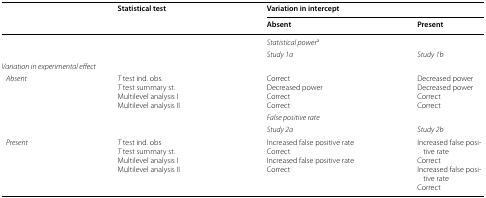
<table><thead><tr><td rowspan="2"></td><td rowspan="2"><b>Statistical test</b></td><td colspan="2"><b>Variation in intercept</b></td></tr><tr><td><b>Absent</b></td><td><b>Present</b></td></tr></thead><tbody><tr><td></td><td></td><td colspan="2"><i>Statistical power</i><sup>a</sup></td></tr><tr><td></td><td></td><td><i>Study 1a</i></td><td><i>Study 1b</i></td></tr><tr><td colspan="4"><i>Variation in experimental effect</i></td></tr><tr><td><i> Absent</i></td><td><i>T</i> test ind. obs.<i>T</i> test summary st.Multilevel analysis IMultilevel analysis II</td><td>CorrectDecreased powerCorrectCorrect</td><td>Decreased powerDecreased powerCorrectCorrect</td></tr><tr><td></td><td></td><td colspan="2"><i>False positive rate</i></td></tr><tr><td></td><td></td><td><i>Study 2a</i></td><td><i>Study 2b</i></td></tr><tr><td><i> Present</i></td><td><i>T</i> test ind. obs<i>T</i> test summary st.Multilevel analysis IMultilevel analysis II</td><td>Increased false positive rateCorrectIncreased false positive rateCorrect</td><td>Increased false positive rateCorrectIncreased false positive rateCorrect</td></tr></tbody></table>